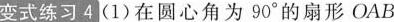
变式练习4 (1)在圆心角为90°的扇形OAB